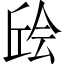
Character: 𫠴